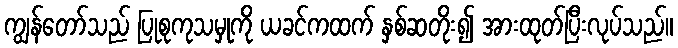
ကျွန်တော်သည် ပြုစုကုသမှုကို ယခင်ကထက် နှစ်ဆတိုး၍ အားထုတ်ပြီးလုပ်သည်။